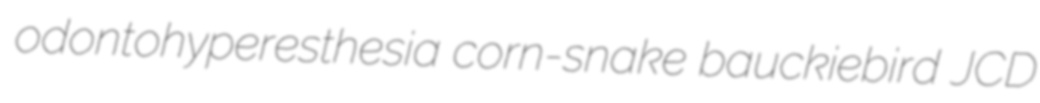
odontohyperesthesia corn-snake bauckiebird JCD